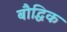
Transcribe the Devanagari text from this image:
बौद्धिक